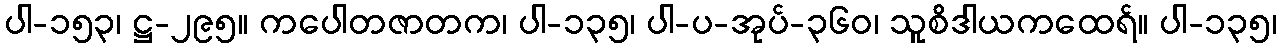
ပါ-၁၅၃၊ ဋ္ဌ-၂၉၅။ ကပေါတဇာတက၊ ပါ-၁၃၅၊ ပါ-ပ-အုပ်-၃၆၀၊ သူစိဒါယကထေရ်။ ပါ-၁၃၅၊